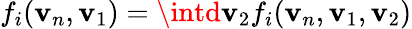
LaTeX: f_{i}(\mathbf{v}_{n},\mathbf{v}_{1})=\intd\mathbf{v}_{2}f_{i}(\mathbf{v}_{n},\mathbf{v}_{1},\mathbf{v}_{2})